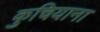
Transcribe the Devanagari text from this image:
कुचियाना